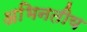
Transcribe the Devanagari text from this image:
अभिनतीय